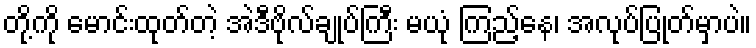
တို့ကို မောင်းထုတ်တဲ့ အဲဒီဗိုလ်ချုပ်ကြီး မယုံ ကြည့်နေ၊ အလုပ်ပြုတ်မှာပဲ။